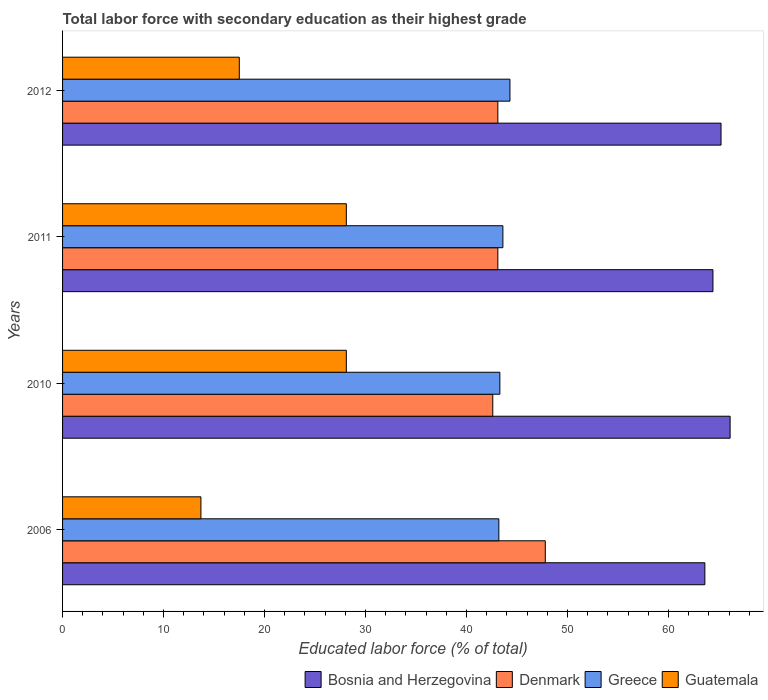
| Years | Bosnia and Herzegovina | Denmark | Greece | Guatemala |
 | --- | --- | --- | --- | --- |
 | 2006 | 63.6 | 47.8 | 43.2 | 13.7 |
 | 2010 | 66.1 | 42.6 | 43.3 | 28.1 |
 | 2011 | 64.4 | 43.1 | 43.6 | 28.1 |
 | 2012 | 65.2 | 43.1 | 44.3 | 17.5 |